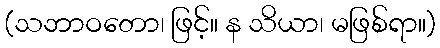
(သဘာဝတော၊ ဖြင့်။ န သိယာ၊ မဖြစ်ရာ။)